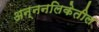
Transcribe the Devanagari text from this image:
अन्ननलिकेतील